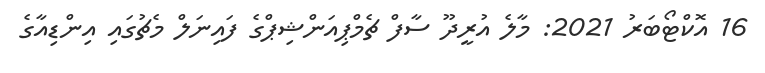
16 އޮކްޓޯބަރު 2021: މާލެ އުރީދޫ ސާފް ޗެމްޕިއަންޝިޕްގެ ފައިނަލް މެޗުގައި އިންޑިއާގެ